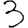
Digit: 3